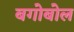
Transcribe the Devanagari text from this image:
बगोबोल